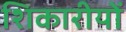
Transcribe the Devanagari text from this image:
शिकारीयों